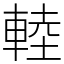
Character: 䡜